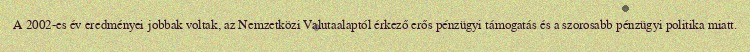
A 2002-es év eredményei jobbak voltak, az Nemzetközi Valutaalaptól érkező erős pénzügyi támogatás és a szorosabb pénzügyi politika miatt.